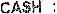
CASH :